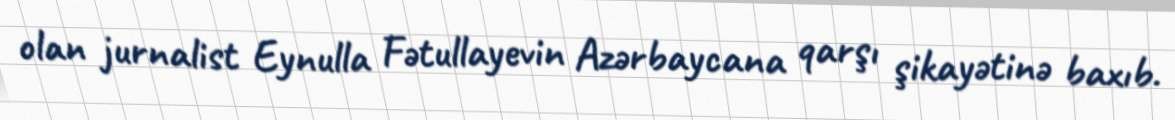
olan jurnalist Eynulla Fətullayevin Azərbaycana qarşı şikayətinə baxıb.